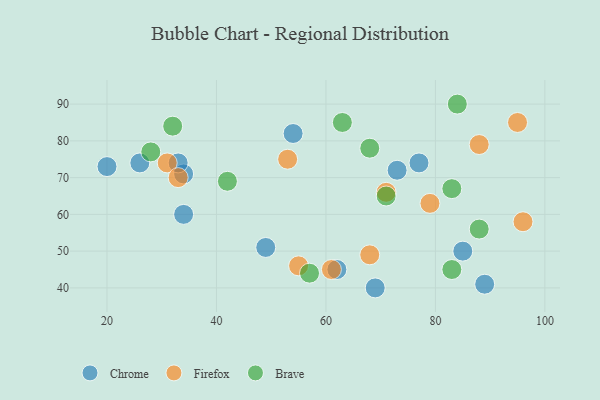
{"axis": {"x": "GDP", "y": "Life Expectancy"}, "legend": ["Brave", "Chrome", "Firefox"], "data": [{"x": "85", "y": 50, "type": "Chrome"}, {"x": "34", "y": 71, "type": "Chrome"}, {"x": "34", "y": 60, "type": "Chrome"}, {"x": "62", "y": 45, "type": "Chrome"}, {"x": "89", "y": 41, "type": "Chrome"}, {"x": "20", "y": 73, "type": "Chrome"}, {"x": "77", "y": 74, "type": "Chrome"}, {"x": "49", "y": 51, "type": "Chrome"}, {"x": "33", "y": 74, "type": "Chrome"}, {"x": "69", "y": 40, "type": "Chrome"}, {"x": "54", "y": 82, "type": "Chrome"}, {"x": "26", "y": 74, "type": "Chrome"}, {"x": "73", "y": 72, "type": "Chrome"}, {"x": "79", "y": 63, "type": "Firefox"}, {"x": "68", "y": 49, "type": "Firefox"}, {"x": "31", "y": 74, "type": "Firefox"}, {"x": "88", "y": 79, "type": "Firefox"}, {"x": "96", "y": 58, "type": "Firefox"}, {"x": "71", "y": 66, "type": "Firefox"}, {"x": "55", "y": 46, "type": "Firefox"}, {"x": "53", "y": 75, "type": "Firefox"}, {"x": "33", "y": 70, "type": "Firefox"}, {"x": "61", "y": 45, "type": "Firefox"}, {"x": "95", "y": 85, "type": "Firefox"}, {"x": "68", "y": 78, "type": "Brave"}, {"x": "57", "y": 44, "type": "Brave"}, {"x": "83", "y": 45, "type": "Brave"}, {"x": "63", "y": 85, "type": "Brave"}, {"x": "71", "y": 65, "type": "Brave"}, {"x": "28", "y": 77, "type": "Brave"}, {"x": "42", "y": 69, "type": "Brave"}, {"x": "84", "y": 90, "type": "Brave"}, {"x": "83", "y": 67, "type": "Brave"}, {"x": "88", "y": 56, "type": "Brave"}, {"x": "32", "y": 84, "type": "Brave"}]}